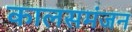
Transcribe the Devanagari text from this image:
कालसमंजन